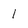
Character: 1